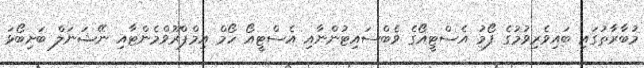
މުބާރާތުގައި ބައިވެރިވުމުގެ ފޯމު އެސްޓީއޯގެ ވެބްސައިޓުންނާއި އެސްޓީއޯ ހޯމް އިމްޕްރޫވްމެންޓާއި ނޭޝަނަލް ބަށިބޯޅަ